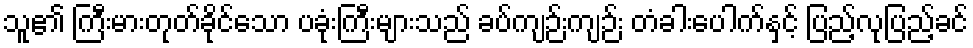
သူ၏ ကြီးမားတုတ်ခိုင်သော ပခုံးကြီးများသည် ခပ်ကျဉ်းကျဉ်း တံခါးပေါက်နှင့် ပြည့်လုပြည့်ခင်